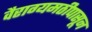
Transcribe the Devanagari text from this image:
वैराग्यमठीपासून